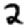
Digit: 2